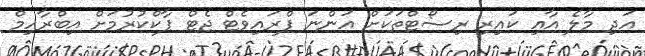
އަދި މާލެ އާއި ކައިރި ރިސޯޓްތަކަށް އަންނަ ޕްރައިވެޓް ޖެޓް ޕާކްކުރުމަށް އިބްރާހިމް